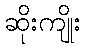
ဆိုးကျိုး